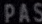
PAS